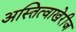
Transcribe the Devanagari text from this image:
अस्तित्वाखेरीज